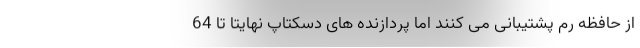
از حافظه رم پشتیبانی می کنند اما پردازنده های دسکتاپ نهایتا تا 64